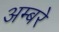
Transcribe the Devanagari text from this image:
अम्बरे